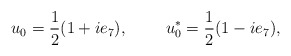
\begin{align*}u_{0} = \frac{1}{2} (1 +i e_{7}) , ~~~~~~~u_{0}^{*} = \frac{1}{2} (1 -i e_{7}) ,\end{align*}